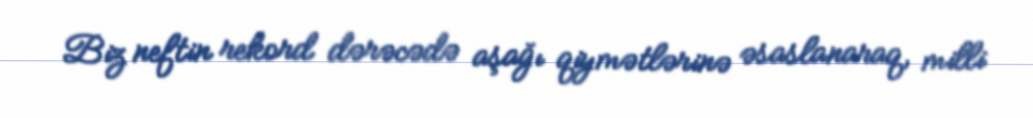
Biz neftin rekord dərəcədə aşağı qiymətlərinə əsaslanaraq, milli